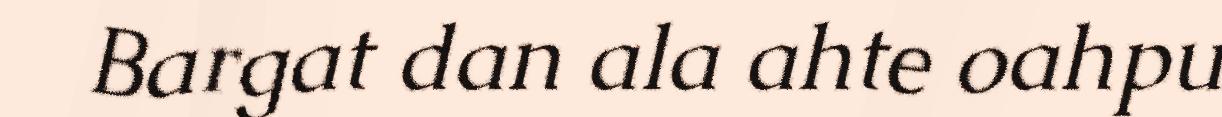
Bargat dan ala ahte oahpu